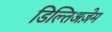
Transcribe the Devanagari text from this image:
डिल्तिअज़ेम